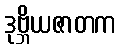
ဒုဗ္ဘိယဇာတက